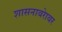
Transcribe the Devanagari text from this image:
शासनाबरेाबर